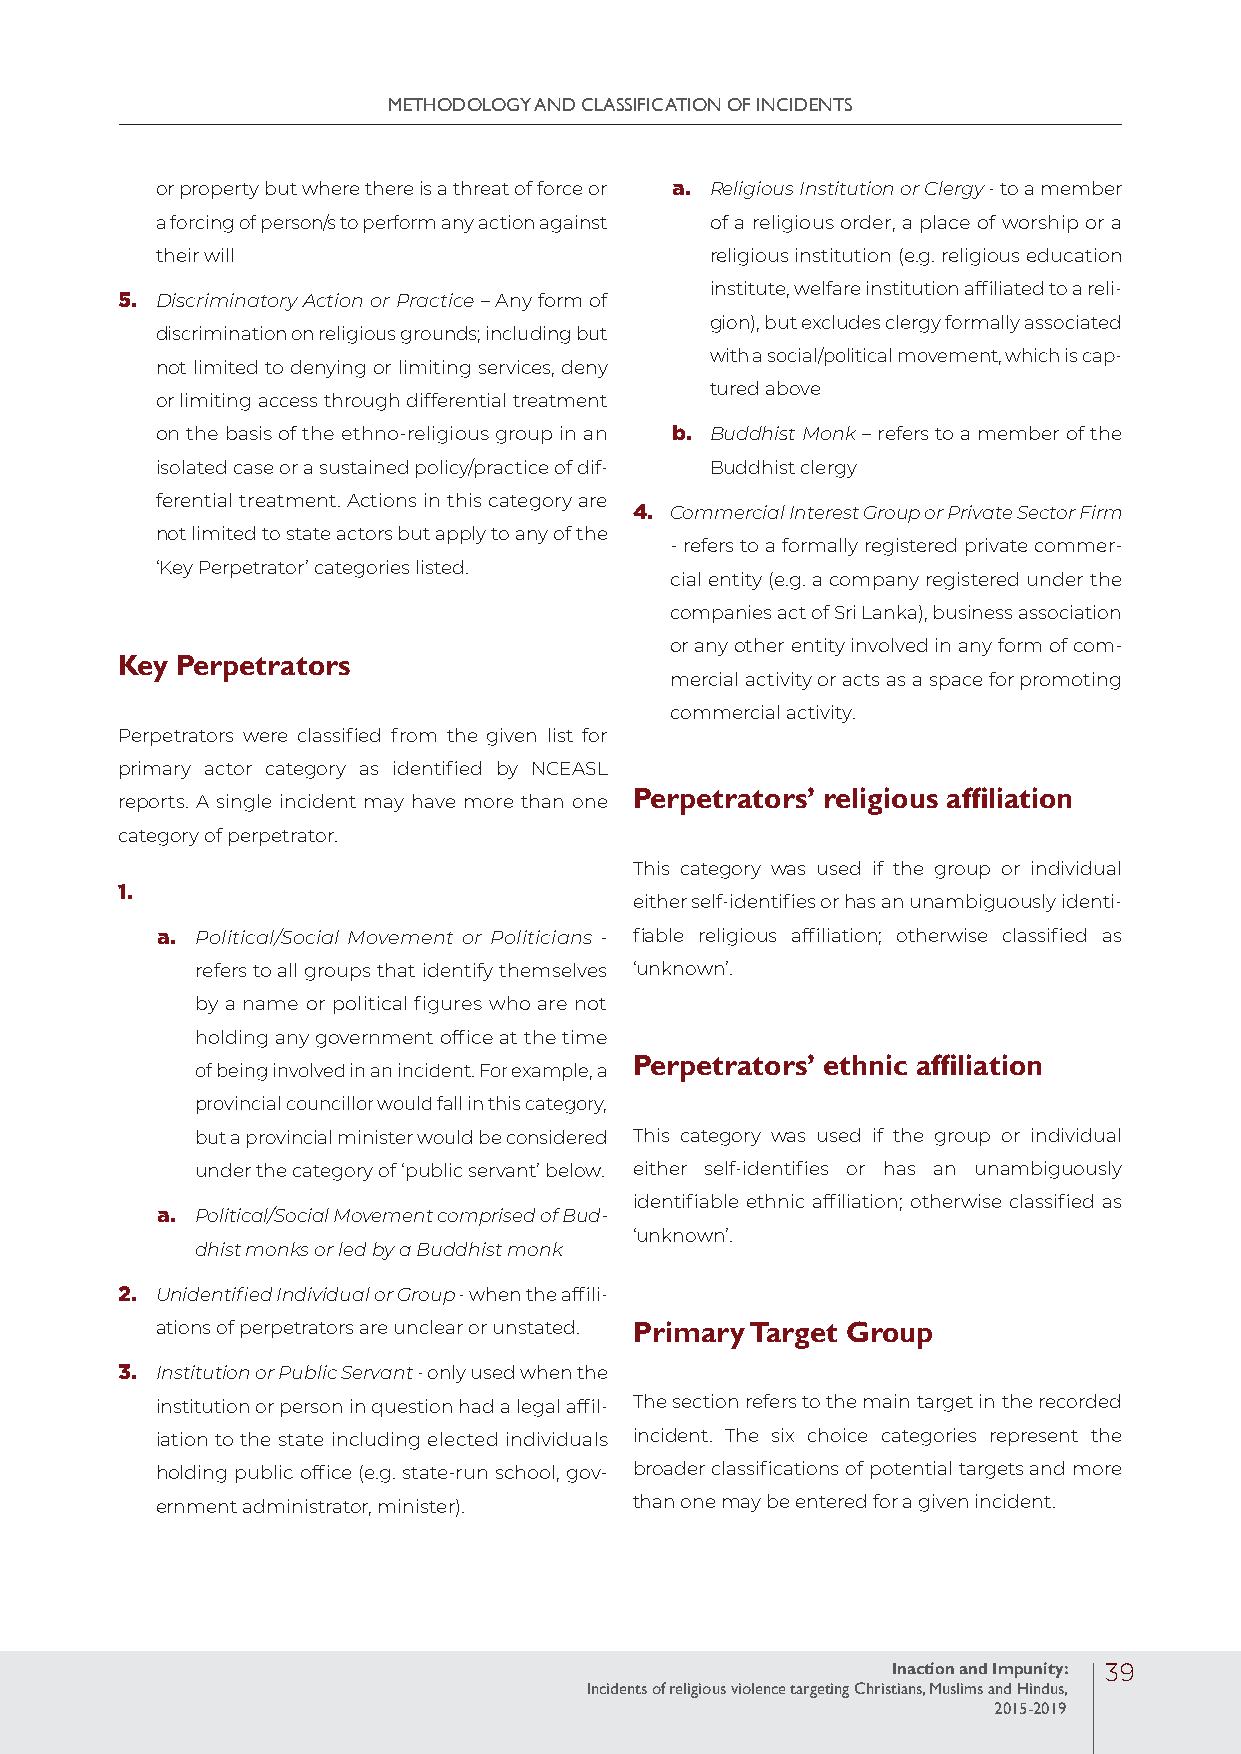
METHODOLOGY AND CLASSIFICATION OF INCIDENTS
 or property but where there is a threat of force or a. Religious Institution or Clergy - to a member
 a forcing of person/s to perform any action against of a religious order, a place of worship or a
 their will                           religious institution (e.g. religious education
 institute, welfare institution affiliated to a reli-
 5. Discriminatory Action or Practice – Any form of
 gion), but excludes clergy formally associated
 discrimination on religious grounds; including but
 with a social/political movement, which is cap-
 not limited to denying or limiting services, deny
 tured above
 or limiting access through differential treatment
 on the basis of the ethno-religious group in an b. Buddhist Monk – refers to a member of the
 isolated case or a sustained policy/practice of dif- Buddhist clergy
 ferential treatment. Actions in this category are
 4. Commercial Interest Group or Private Sector Firm
 not limited to state actors but apply to any of the
 - refers to a formally registered private commer-
 ‘Key Perpetrator’ categories listed.
 cial entity (e.g. a company registered under the
 companies act of Sri Lanka), business association
 or any other entity involved in any form of com-
 Key Perpetrators
 mercial activity or acts as a space for promoting
 commercial activity.
 Perpetrators were classified from the given list for
 primary actor category as identified by NCEASL
 reports. A single incident may have more than one Perpetrators’ religious affiliation
 category of perpetrator.
 This category was used if the group or individual
 1.
 either self-identifies or has an unambiguously identi-
 a. Political/Social Movement or Politicians - fiable religious affiliation; otherwise classified as
 refers to all groups that identify themselves ‘unknown’.
 by a name or political figures who are not
 holding any government office at the time
 Perpetrators’ ethnic affiliation
 of being involved in an incident. For example, a
 provincial councillor would fall in this category,
 but a provincial minister would be considered This category was used if the group or individual
 under the category of ‘public servant’ below. either self-identifies or has an unambiguously
 identifiable ethnic affiliation; otherwise classified as
 a. Political/Social Movement comprised of Bud-
 ‘unknown’.
 dhist monks or led by a Buddhist monk
 2. Unidentified Individual or Group - when the affili-
 ations of perpetrators are unclear or unstated. Primary Target Group
 3. Institution or Public Servant - only used when the
 institution or person in question had a legal affil- The section refers to the main target in the recorded
 iation to the state including elected individuals incident. The six choice categories represent the
 holding public office (e.g. state-run school, gov- broader classifications of potential targets and more
 ernment administrator, minister). than one may be entered for a given incident.
 Inaction and Impunity: 39
 Incidents of religious violence targeting Christians, Muslims and Hindus,
 2015-2019